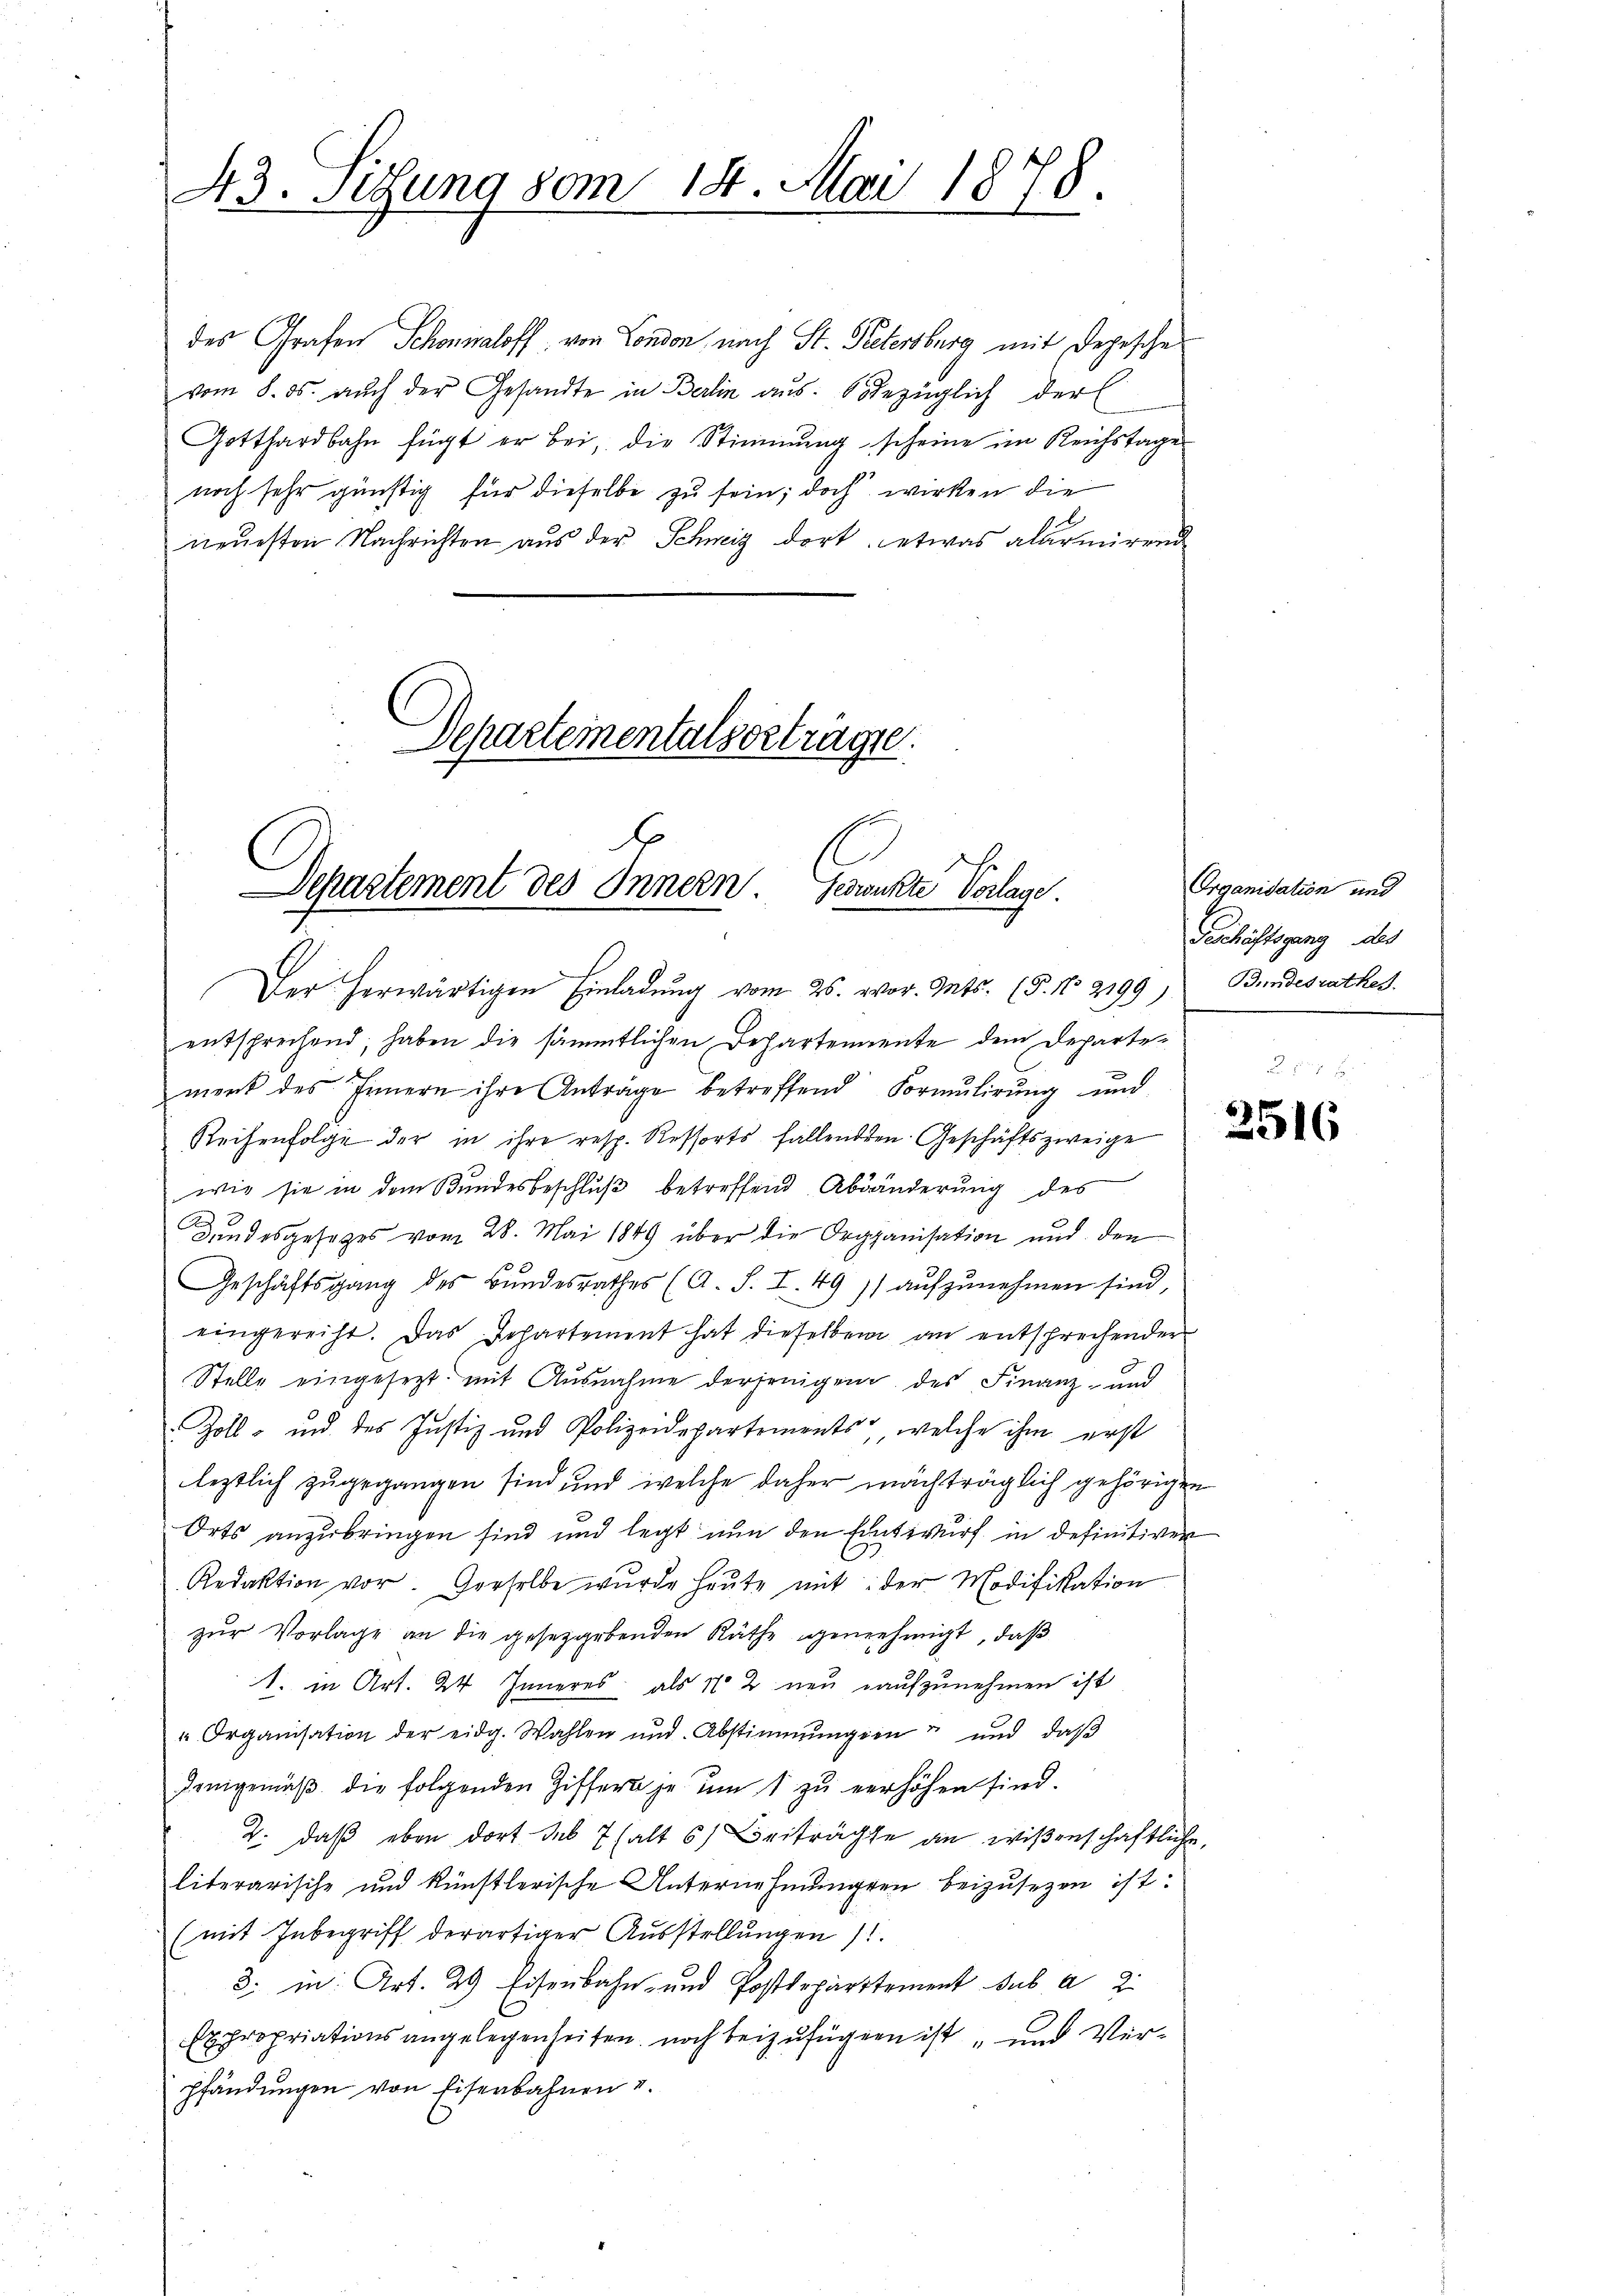
43. Setzung vom 14. Mai 1878.

des Grafen Schonialoff von London nach St. Petersburg mit Depesche
vom 8. ds. auch der Gesandte in Berlin aus: bezüglich der
Gotthardbahn fügt er bei, die Stimmung scheine im Reichstage
noch sehr günstig für dieselbe zu sein; doch wirken die
neŭesten Nachrichten aŭs der Schweiz dort etwas alarmirend

Departementalsbeträgte.
.
Departement des Innern. Gesunkte Vorlage

Der herwärtigen Einladung vom 26. vor. Mts. (§. N. 2199, Bundesrathes.
entsprechend, haben die sämmtlichen Departemente dem Departement des Innern ihre Anträge betreffend Formulirung und
Reihenfolge der in ihre resp. Ressorts fallenden Geschäftszweige
wie sie in dem Bundesbeschluß betreffend Abänderung des
Bundesgesetzes vom 28. Mai 1849 über die Organisation und den
Geschäftsgang des Bundesrathes (A. S. I. 491) aufzunehmen sind,
eingereiht. Das Departement hat dieselben an entsprechender
Stelle eingesezt, mit Ausnahme derjenigen des Finanz- und
Zoll- und des Justiz und Polizeidepartements, welche ihm erst
leztlich zugegangen sind und welche daher machträglich gehörigen
Orts anzubringen sind und legt nun den Entwurf in definitiven
Redaktion vor. Derselbe wurde heŭte mit: der Modifikation
zur Vorlage an die gesetzgebenden Räthe genehmigt, daß
1. in Art. 24. Inneres, als 1 2 neu aufzunehmen ist
" Organisation der eidg. Wahlen und Abstimmungen und daβ
Demgemäβ die folgenden Ziffert je ŭm 1 zŭ verhöhen sind.
2. daß eben dort des 7 halt 6) Beiträgte an wißenschaftliche
literarische und künstlerische Unternehmungen beizŭsezen ist:
(mit Inbegriff derartiger Aŭsstellŭngen)
8. in Art. 29 Eisenbahn- und Postdepartement sub a 2
Expropriationsangelegenheiten noch beizufügen ist und Verpfändungen von Eisenbahnen u.

Organisation und
Gechäftsgang des